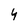
Character: 4